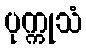
ပုက္ကုသံ